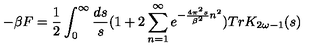
- \beta F = { \frac { 1 } { 2 } } \int _ { 0 } ^ { \infty } { \frac { d s } { s } } ( 1 + 2 \sum _ { n = 1 } ^ { \infty } e ^ { - { \frac { 4 \pi ^ { 2 } s } { \beta ^ { 2 } } } n ^ { 2 } } ) T r K _ { 2 \omega - 1 } ( s )